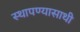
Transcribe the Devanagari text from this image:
स्थापण्यासाथी